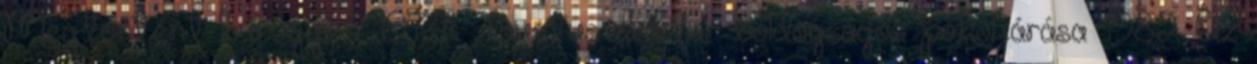
Megtörtént bűnügyek 1974 Faustus doktor boldogságos pokoljárása 1982 Az